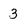
Character: 3